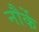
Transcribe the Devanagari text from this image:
नौर्के